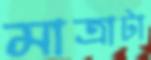
মাত্রাটা